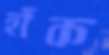
হাঁক